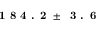
\textbf { 1 8 4 . 2 } \pm \: \textbf { 3 . 6 }